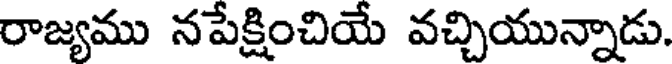
రాజ్యము నపేక్షించియే వచ్చియున్నాడు.